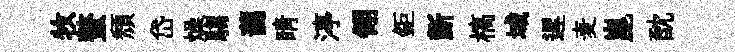
牧螯頹岱燥騶藹睛渟翎鉅斵槁域遲麦崑酖